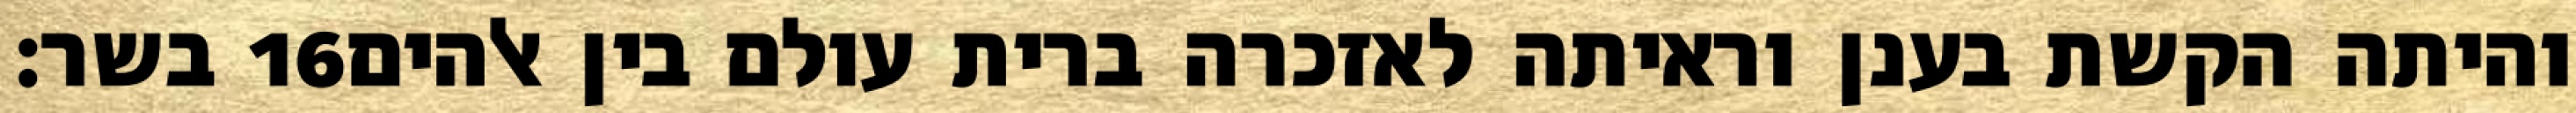
בשר׃ ‎16‏ והיתה הקשת בענן וראיתה לאזכרה ברית עולם בין אלהים